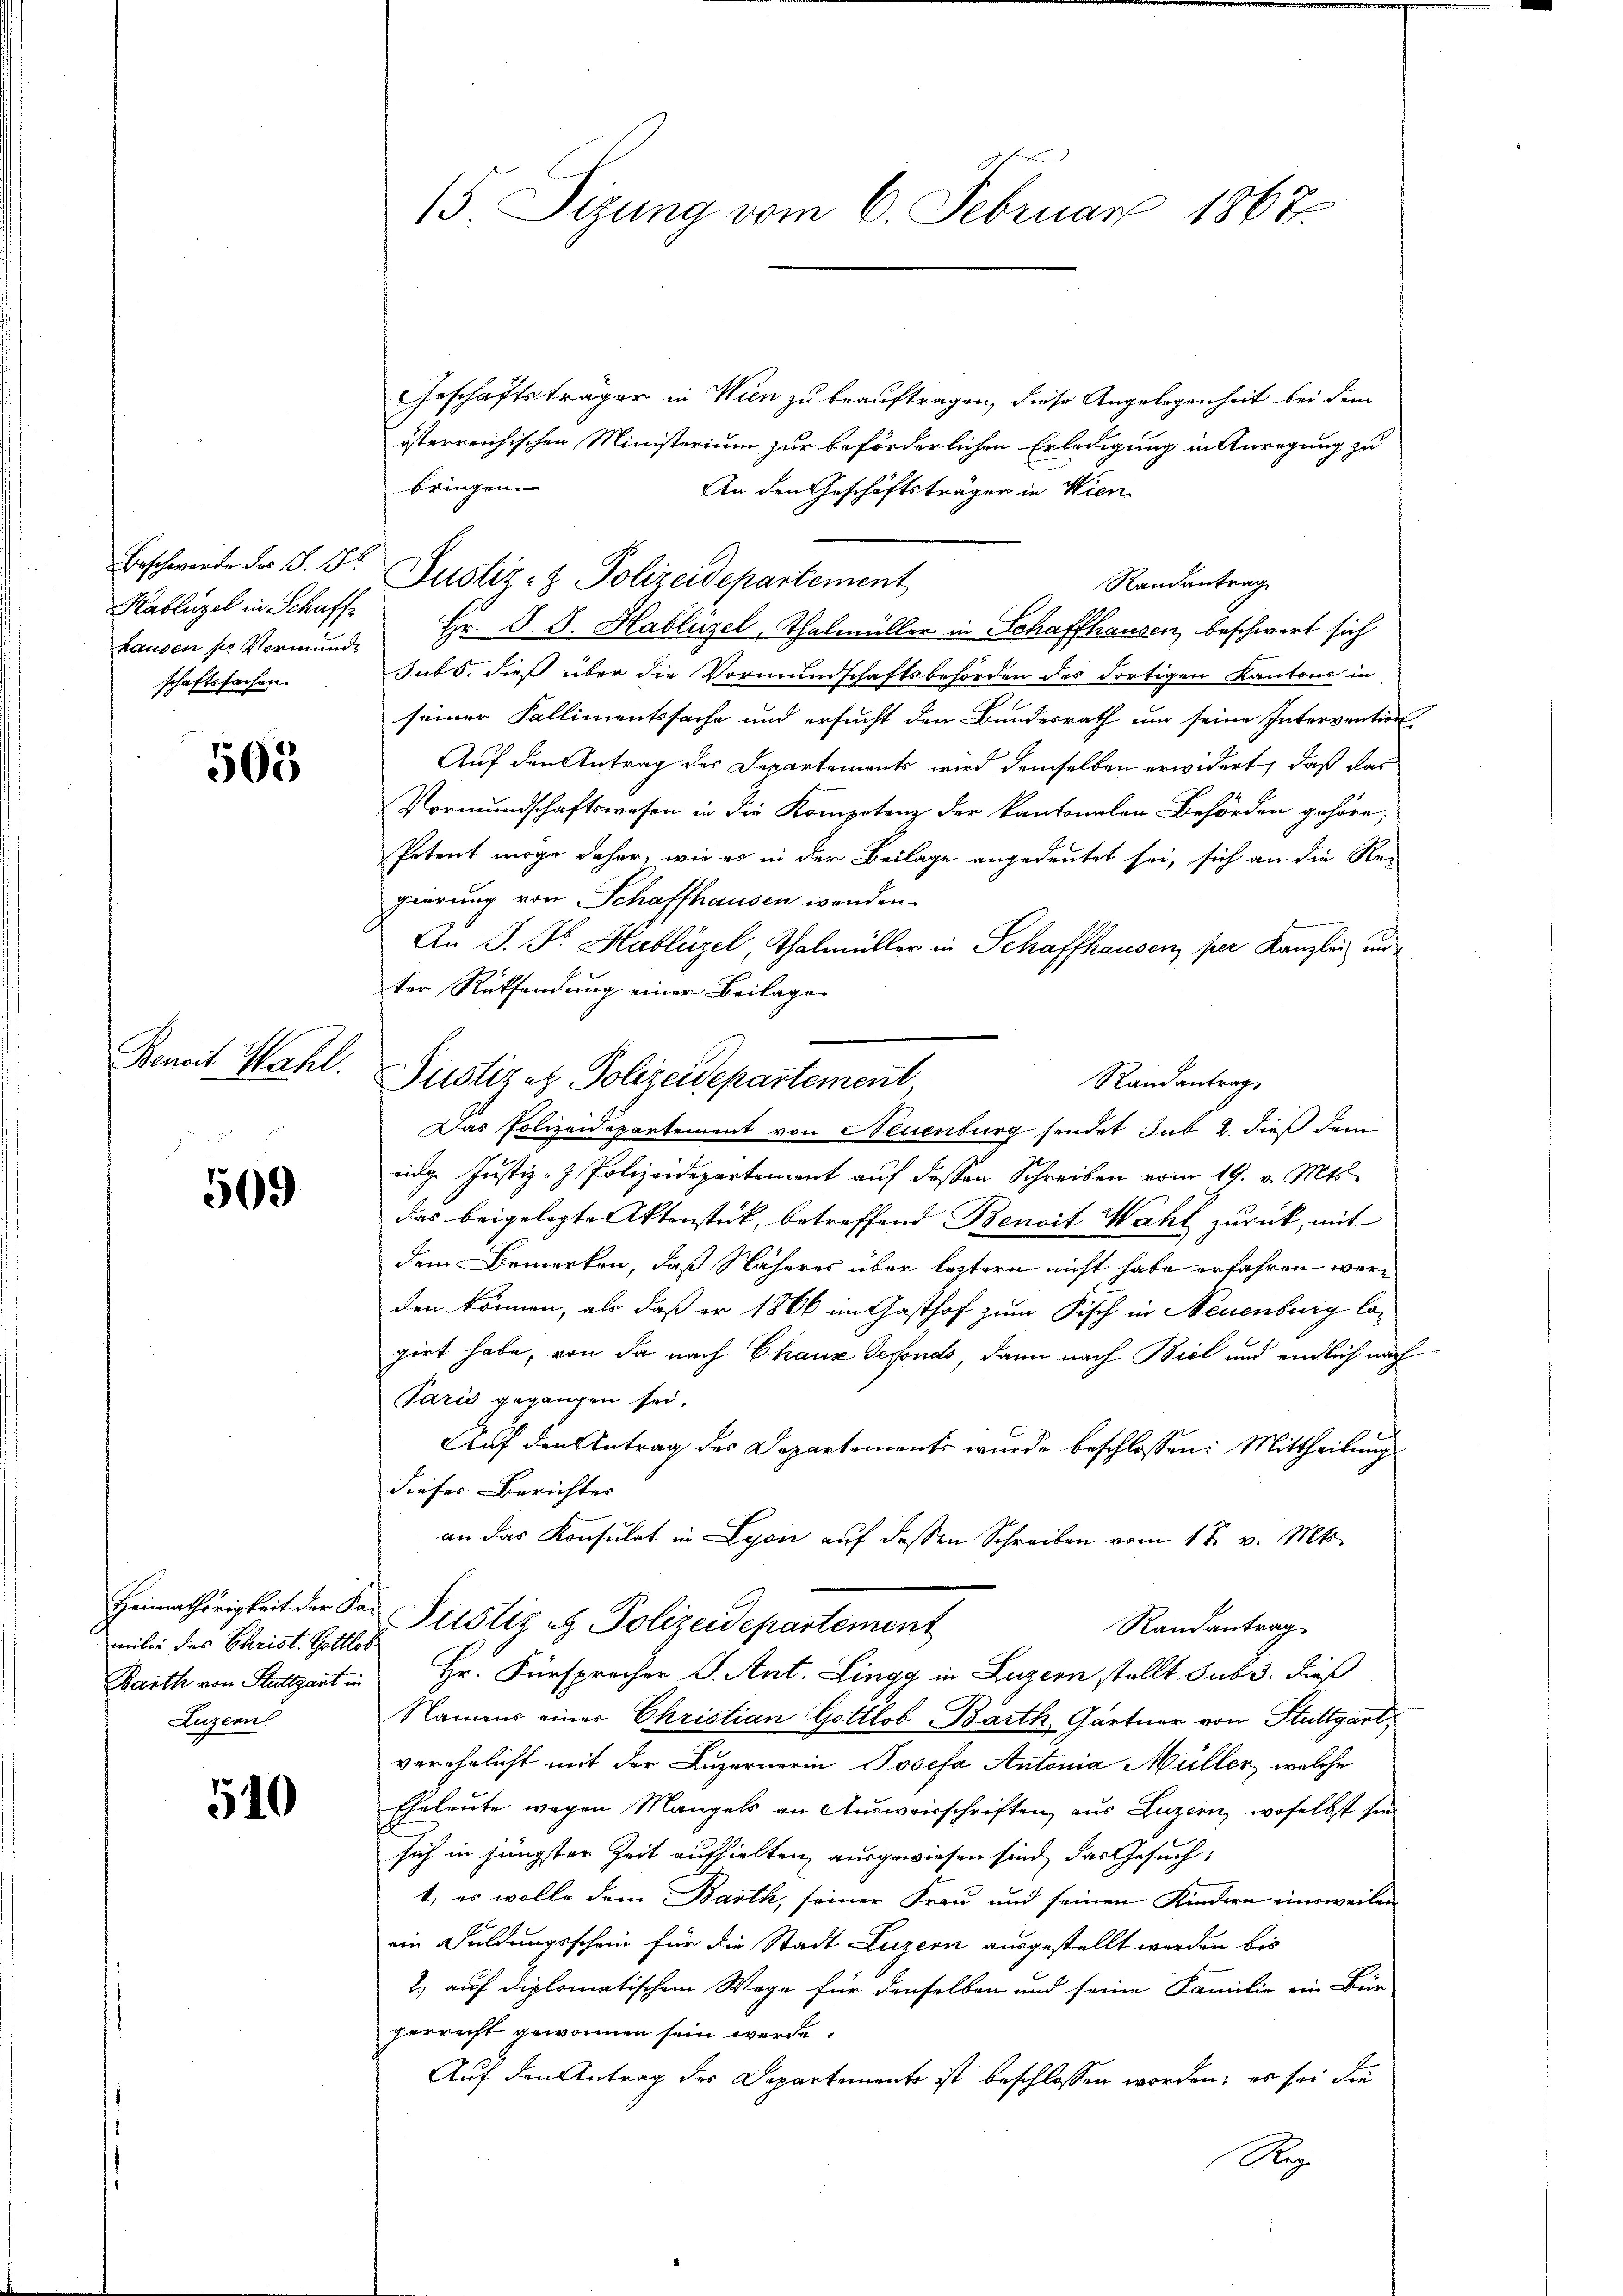
Beschwerde des S. 12.
Kablügel in Schaffe
hausen ser Vormunde
schaftssachen.

505

Benoit Wahl.

509

milie des Christ. Gottlob
Luzern.

540

15 Sizung vom 6. Februar 1867.

Geschäftsträger in Wien zu beauftragen, diese Angelegenheit bei dem
österreichischen Ministerium zur beförderlichen Erledigung in Anregung zu
bringen.
An den Geschäftsträger in Wien
Justiz- & Polizeidepartement
Randantrag
Hr. D. S. Hablüizel, Thalmüller in Schaffhausen, beschwart sich
sub 5. dieß über die Vormundschaftsbehörden des dortigen Kantons in
seiner Fallimentssache und ersucht den Bundesrath um seine Intervention
Auf den Antrag des Departement wird demselben erwidert, daß das
Vormundschaftswesen in die Kompetenz der kantonalen Behörden gehöre;
Potent möge daher, wie es in der Beilage angedeutet sei, sich an die Re-
gierung von Schaffhausen werden.
An J. Dr. Hablüzel, Thalmüller in Schaffhausen per Kanzlei und
ter Rücksendung einer Beilage
Randantrag,
Das Polizeidepartement von Neuenburg sendet sub 2. dieß dem
eidg. Justiz- & Polizeidepartement auf dessen Schreiben vom 19. v. Mts.
das beigelegte Aktenstück, betreffend Benoit Wahl zurück, mit
dem Bemerken, daß Näheres über leztern nicht habe erfahren wäre
den können, als daß er 1866 im Gasthof zum Fisch in Neuenburg logiet habe, von da nach Chaux defonds, dann nach Biel und endlich nach
Paris gegangen sei.
Auf den Antrag des Departements wurde beschlossen: Mittheilung
dieser Berichtes
an das Konsulat in Lyon auf dessen Schreiben vom 18. v. Mts.
Heimathörigkeit der Sor Justiz & Polizeidepartement
Randantrag
Barth von Stuttgart in Hr. Fürsprecher J. Ant. Lingg in Luzern stellt sub 3. dieß
Namens einer Christian Gottlob Barth, Gartner von Stuttgart
verehelicht mit der Luzernerin Josefa Antonia Müller, welche
Eheleute wegen Mangels an Ausweisschriften aus Luzern, woselbst sie
sich in jüngsten Zeit aufhielten, ausgewiesen sind, das Gesuch,
1., es wolle dem Barth, seiner Frau und seinen Kindern eineweilen
ein Fuldungsschein für die Stadt Luzern ausgestellt worden bis
2) auf diplomatischem Wege für denselben und seine Familie ein Bür
perrecht gewonnen sein werde.
Auf den Antrag des Departemento ist beschlossen worden; es sei die
Reg.

Justizez Polizeidepartement